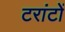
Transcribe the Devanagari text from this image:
टरांटों